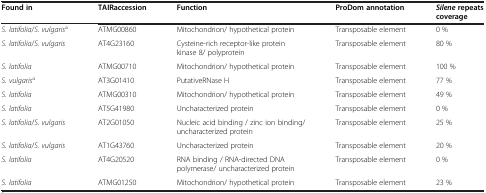
| Found in | TAIR accession | Function | ProDom annotation | Silene repeats coverage |
 | --- | --- | --- | --- | --- |
 | S. latifolia/S. vulgarisa | ATMG00860 | Mitochondrion/ hypothetical protein | Transposable element | 0 % |
 | S. latifolia/S. vulgaris | AT4G23160 | Cysteine-rich receptor-like protein kinase 8/ polyprotein | Transposable element | 80 % |
 | S. latifolia | ATMG00710 | Mitochondrion/ hypothetical protein | Transposable element | 100 % |
 | S. vulgarisa | AT3G01410 | PutativeRNase H | Transposable element | 77 % |
 | S. latifolia | ATMG00310 | Mitochondrion/ hypothetical protein | Transposable element | 49 % |
 | S. latifolia | AT5G41980 | Uncharacterized protein | Transposable element | 0 % |
 | S. latifolia/S. vulgaris | AT2G01050 | Nucleic acid binding / zinc ion binding/ uncharacterized protein | Transposable element | 25 % |
 | S. latifolia/S. vulgaris | AT1G43760 | Uncharacterized protein | Transposable element | 20 % |
 | S. latifolia | AT4G20520 | RNA binding / RNA-directed DNA polymerase/ uncharacterized protein | Transposable element | 0 % |
 | S. latifolia | ATMG01250 | Mitochondrion/ hypothetical protein | Transposable element | 23 % |